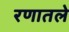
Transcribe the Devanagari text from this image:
रणातले